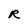
Character: R